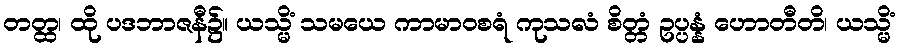
တတ္ထ၊ ထို ပဒဘာဇနီ၌။ ယသ္မိံ သမယေ ကာမာဝစရံ ကုသလံ စိတ္တံ ဥပ္ပန္နံ ဟောတီတိ၊ ယသ္မိံ